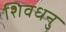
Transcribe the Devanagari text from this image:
शिवधनु